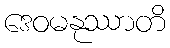
ဒေဝမနုဿာတိ